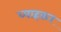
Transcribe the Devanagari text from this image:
ब्याहकर